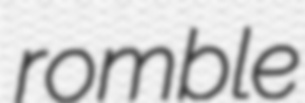
romble